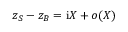
z _ { S } - z _ { B } = \mathrm { i } X + o ( X )